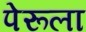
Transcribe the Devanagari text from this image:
पेरूला